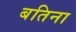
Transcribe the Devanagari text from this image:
बतिना